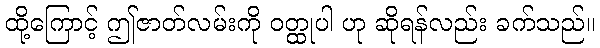
ထို့ကြောင့် ဤဇာတ်လမ်းကို ဝတ္ထုပါ ဟု ဆိုရန်လည်း ခက်သည်။